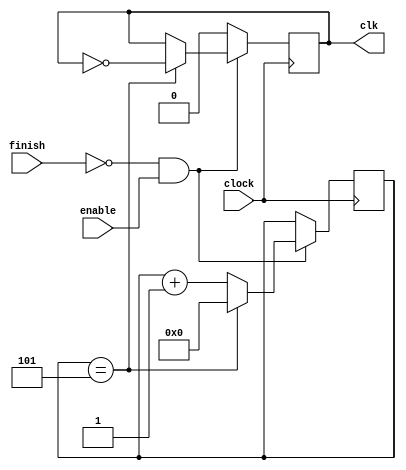
// reduces the inbuilt clock frequncy by a factor of 5 
// five cycles of inbuilt clock is one cycle of reduced clock

module clock_divider(clock,enable,finish,clk); 
 input 					clock; // input device clock
 input					finish; // 
 input 					enable; // enable bit
 output	reg			clk=1; 
 reg     [31:0]	 	count=0; 
  
 always @(posedge clock) 
   begin
		if(~finish & enable)
			begin 
				if (count == 32'd5) // change to control the new clock period
					begin 
						clk = ~clk; 
						count=0;
					end
				else 
					count = count + 32'd1;
			end
		else
			clk=0; 
	end
	
endmodule